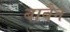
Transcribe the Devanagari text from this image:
बाबैन